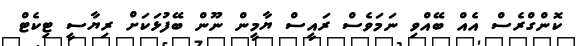
ކޮންގްރެސް އެއް ބޭއްވި ނަމަވެސް ރައީސް ޔާމީން ނޫން ބޭފުޅަކަށް ރިޔާސީ ޓިކެޓް